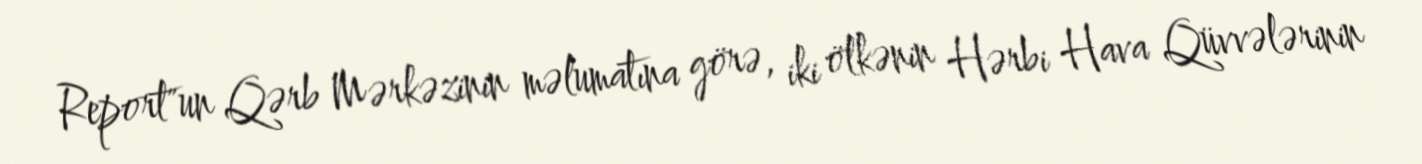
Report"un Qərb Mərkəzinin məlumatına görə, iki ölkənin Hərbi Hava Qüvvələrinin